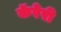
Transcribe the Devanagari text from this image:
कॅरेरी